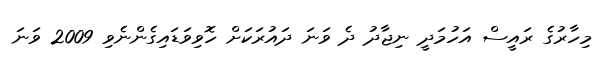
މިހާރުގެ ރައީސް އަހުމަދީ ނިޖާދު ދެ ވަނަ ދައުރަކަށް ހޮވިވަޑައިގެންނެވި 2009 ވަނަ